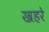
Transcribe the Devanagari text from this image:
खहरे